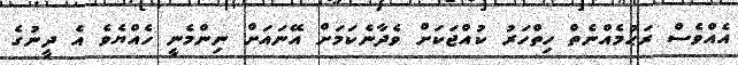
އެއްވެސް ރަޙުމެއްނެތް ހިތްހަރު ކުއްޖަކަށް ވެދާނެކަމަށް އޭނައަށް ނިންމެނީ ހެއްޔެވެ އެ ދީނުގެ